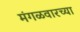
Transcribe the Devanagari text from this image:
मंगळवारच्या